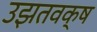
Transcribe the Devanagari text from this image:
उझतवक्ष